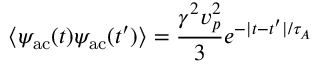
\langle \psi _ { \mathrm { a c } } ( t ) \psi _ { \mathrm { a c } } ( t ^ { \prime } ) \rangle = \frac { \gamma ^ { 2 } v _ { p } ^ { 2 } } { 3 } e ^ { - | t - t ^ { \prime } | / \tau _ { A } }